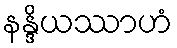
နန္ဒိယဿာဟံ